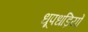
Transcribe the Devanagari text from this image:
धूपधड़ियों